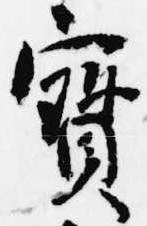
宝